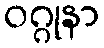
ဝဂ္ဂုနာ